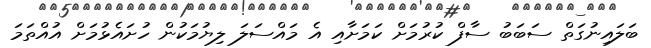
ބަލައިނުގަތް ސަބަބު ސާފް ކުރުމަށް ކަމަށާއި އެ މައްސަލަ ލިޔުމަކުން ހުށައެޅުމަށް އުއްތަމަ